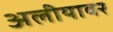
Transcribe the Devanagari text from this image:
अलीयावर